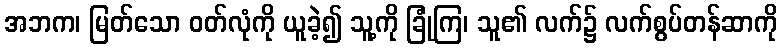
အဘက၊ မြတ်သော ဝတ်လုံကို ယူခဲ့၍ သူ့ကို ခြုံကြ၊ သူ၏ လက်၌ လက်စွပ်တန်ဆာကို